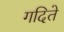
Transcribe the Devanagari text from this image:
गदिते